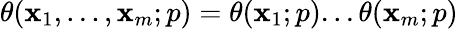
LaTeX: \displaystyle\theta(\mathbf{x}_{1},...,\mathbf{x}_{m};p)=\theta(\mathbf{x}_{1};p)...\theta(\mathbf{x}_{m};p)